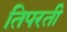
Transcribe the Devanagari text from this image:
तिपरती